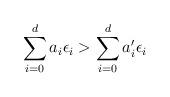
LaTeX: \begin{align*}\sum_{i=0}^da_i\epsilon_i>\sum_{i=0}^da'_i\epsilon_i\end{align*}